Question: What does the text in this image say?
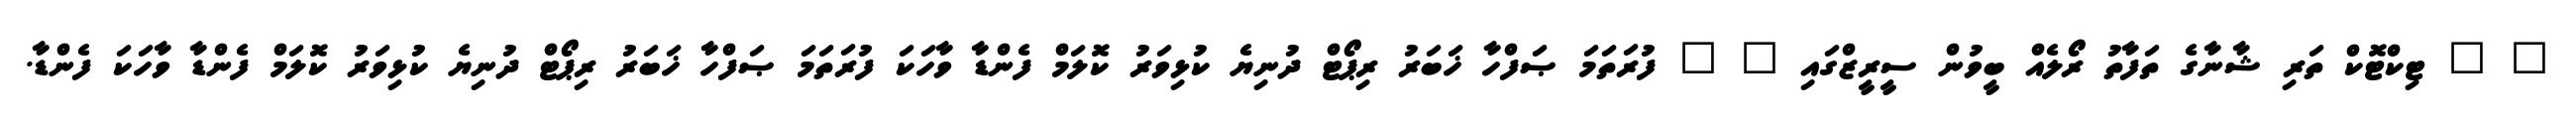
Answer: " " ޓިކްޓޮކް ތަރި ޝާނާގެ ތަފާތު ރޯލެއް ބީވުން ސީރީޒްގައި " " ފުރަތަމަ ޞަފްހާ ޚަބަރު ރިޕޯޓް ދުނިޔެ ކުޅިވަރު ކޮލަމް ފެންޑާ ވާހަކަ ފުރަތަމަ ޞަފްހާ ޚަބަރު ރިޕޯޓް ދުނިޔެ ކުޅިވަރު ކޮލަމް ފެންޑާ ވާހަކަ ފެންޑާ.